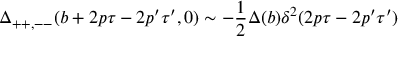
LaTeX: \Delta _ { + + , -- } ( b + 2 p \tau - 2 p ^ { \prime } \tau ^ { \prime } , 0 ) \sim - \frac { 1 } { 2 } \Delta ( b ) \delta ^ { 2 } ( 2 p \tau - 2 p ^ { \prime } \tau ^ { \prime } )